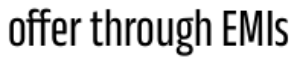
offer through EMIs